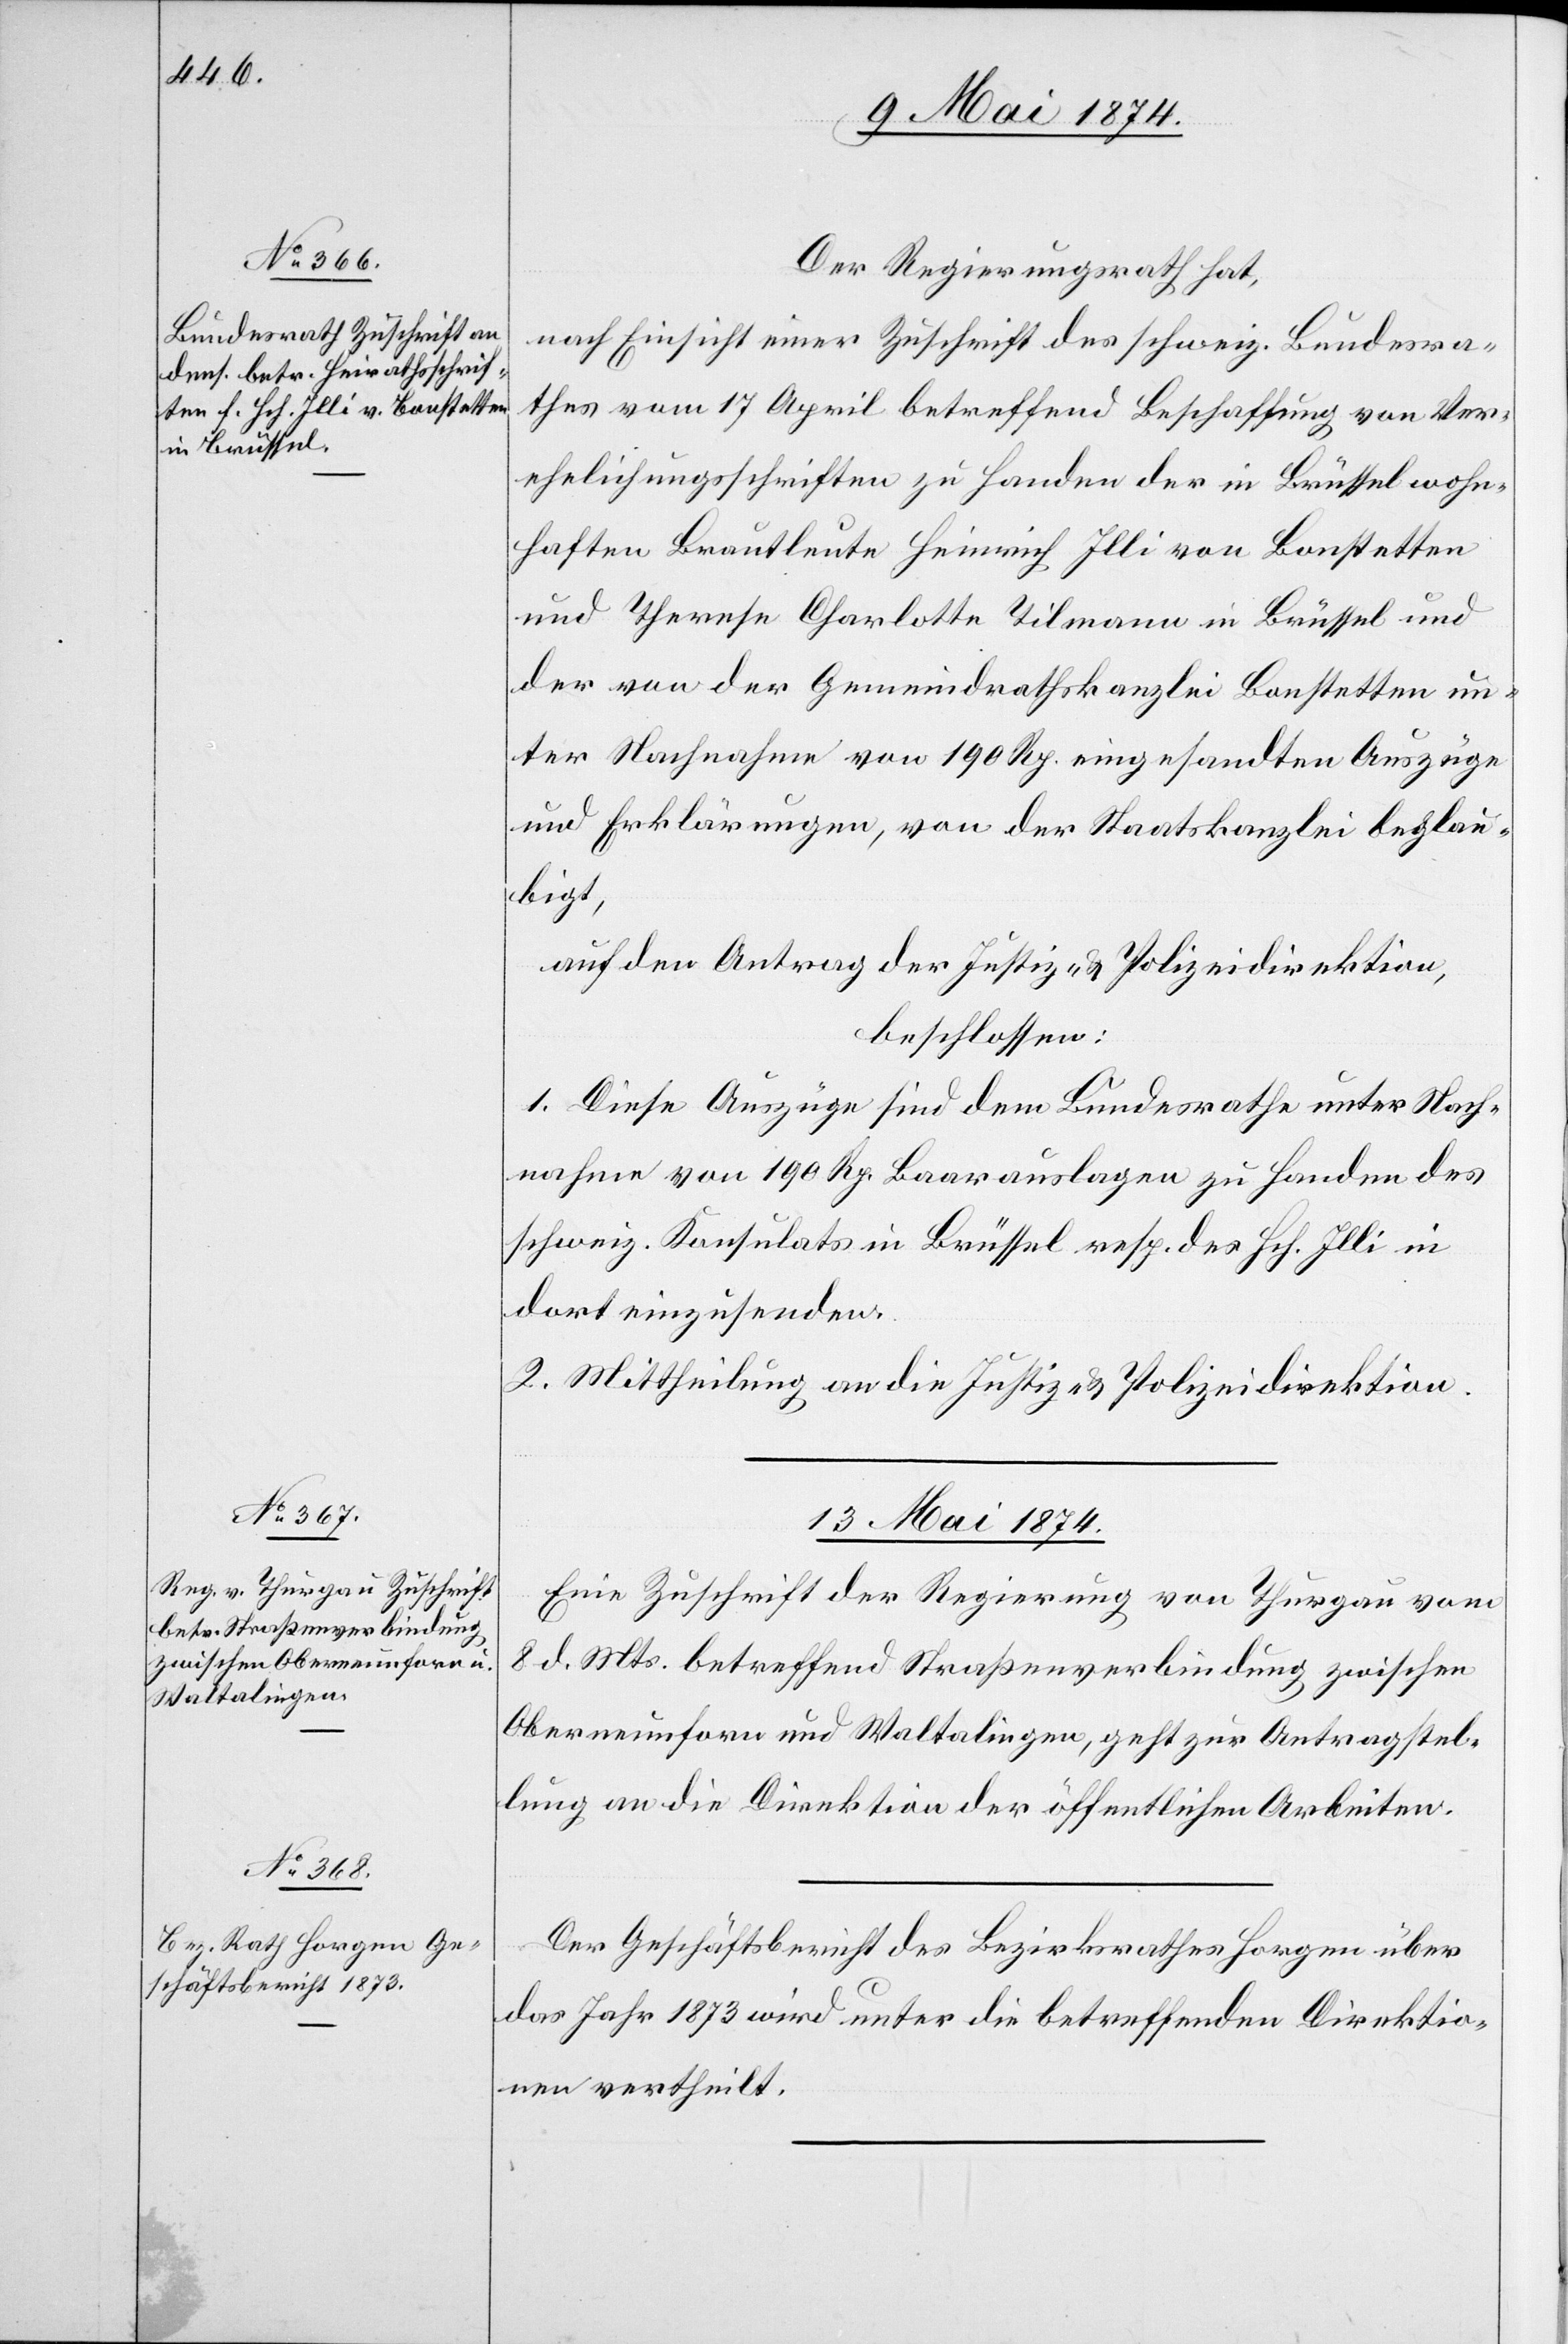
12. Mai 1874.]
Der Regierungsrath hat,
nach Einsicht einer Zuschrift des schweiz. Bundesra¬
thes vom 17. April betreffend Beschaffung von Ver¬
ehelichungsschriften zu Handen der in Brüssel wohn¬
haften Brautleute Heinrich Illi von Bonstetten
und Therese Charlotte Tilmann in Brüssel und
der von der Gemeindrathskanzlei Bonstetten un¬
ter Nachnahme von 190 Rp. eingesandten Auszüge
und Erklärungen, von der Staatskanzlei beglau¬
bigt,
auf den Antrag der Justiz- u. Polizeidirektion,
beschlossen:
1. Diese Auszüge sind dem Bundesrathe unter Nach¬
nahme von 190 Rp. Baar auslagen zu Handen des
schweiz. Konsulats in Brüssel resp. des Hch. Illi in
dort einzusenden.
2. Mittheilung an die Justiz- u. Polizeidirektion.
13. Mai 1874]
Eine Zuschrift der Regierung von Thurgau vom
8. d. Mts. betreffend Straßenverbindung zwischen
Oberneunforn und Waltalingen, geht zur Antragstel¬
lung an die Direktion der öffentlichen Arbeiten.
Der Geschäftsbericht des Bezirksrathes Horgen über
das Jahr 1873 wird unter die betreffenden Direktio¬
nen vertheilt.